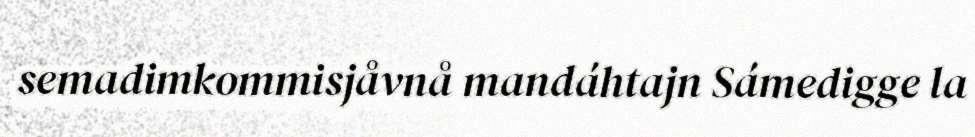
semadimkommisjåvnå mandáhtajn Sámedigge la